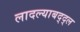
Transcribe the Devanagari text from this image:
लादल्याबद्द्ल